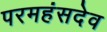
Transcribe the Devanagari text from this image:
परमहंसदेव